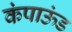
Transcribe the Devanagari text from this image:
कंपाऊंड